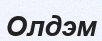
Олдэм